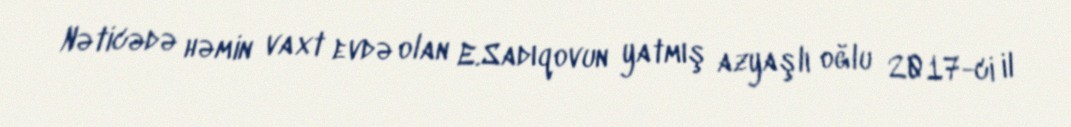
Nəticədə həmin vaxt evdə olan E.Sadıqovun yatmış azyaşlı oğlu 2017-ci il